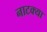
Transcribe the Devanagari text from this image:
नाटक्या